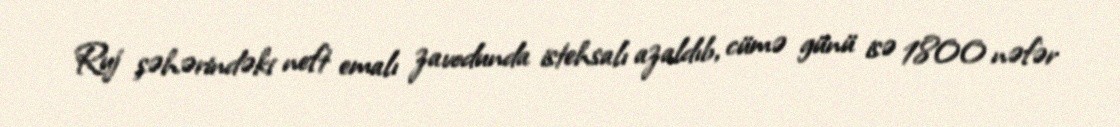
Ruj şəhərindəki neft emalı zavodunda istehsalı azaldıb, cümə günü isə 1800 nəfər